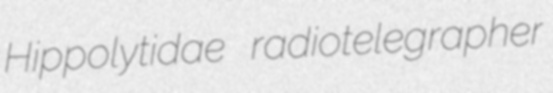
Hippolytidae radiotelegrapher